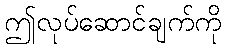
ဤလုပ်ဆောင်ချက်ကို